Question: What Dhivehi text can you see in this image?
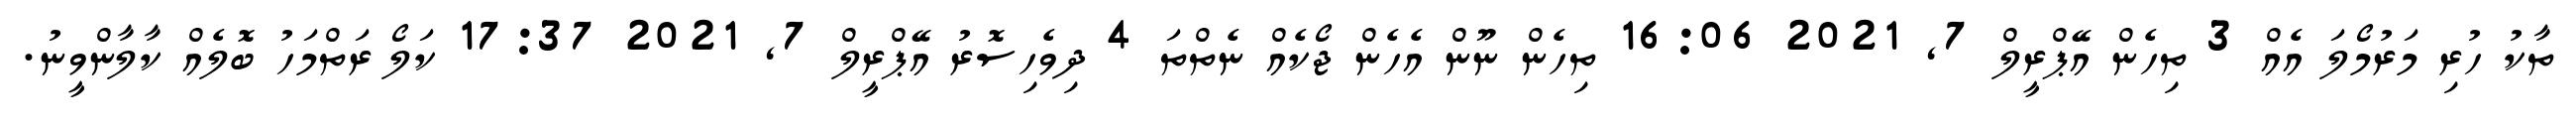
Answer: ތާކު ހުރި މަރުމޯލަ އެއް 3 ތިހެން އޭޕްރީލް 7, 2021 16:06 ތިހެން ނޫން އެހެން ޖޯކެއް ނެތްތަ 4 ދިވެހިސޮރު އޭޕްރީލް 7, 2021 17:37 ކަލޯ ރަތްމަހު ބޮލެއް ކާލާންވީނު.